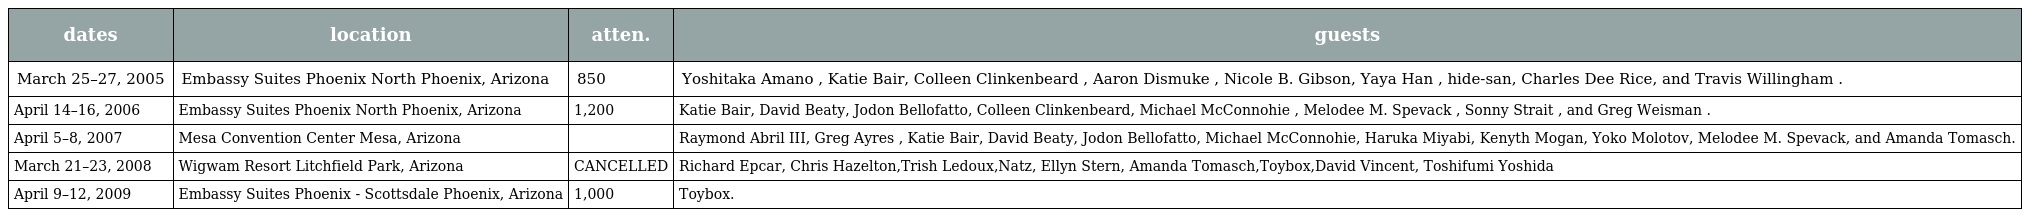
| dates | location | atten. | guests |
 | --- | --- | --- | --- |
 | March 25–27, 2005 | Embassy Suites Phoenix North Phoenix, Arizona | 850 | Yoshitaka Amano , Katie Bair, Colleen Clinkenbeard , Aaron Dismuke , Nicole B. Gibson, Yaya Han , hide-san, Charles Dee Rice, and Travis Willingham . |
 | April 14–16, 2006 | Embassy Suites Phoenix North Phoenix, Arizona | 1,200 | Katie Bair, David Beaty, Jodon Bellofatto, Colleen Clinkenbeard, Michael McConnohie , Melodee M. Spevack , Sonny Strait , and Greg Weisman . |
 | April 5–8, 2007 | Mesa Convention Center Mesa, Arizona |  | Raymond Abril III, Greg Ayres , Katie Bair, David Beaty, Jodon Bellofatto, Michael McConnohie, Haruka Miyabi, Kenyth Mogan, Yoko Molotov, Melodee M. Spevack, and Amanda Tomasch. |
 | March 21–23, 2008 | Wigwam Resort Litchfield Park, Arizona | CANCELLED | Richard Epcar, Chris Hazelton,Trish Ledoux,Natz, Ellyn Stern, Amanda Tomasch,Toybox,David Vincent, Toshifumi Yoshida |
 | April 9–12, 2009 | Embassy Suites Phoenix - Scottsdale Phoenix, Arizona | 1,000 | Toybox. |